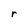
Character: r